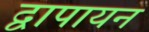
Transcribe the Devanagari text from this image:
द्वापायन